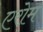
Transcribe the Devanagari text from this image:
एरोम